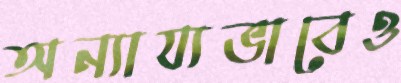
অন্যায্যভাবেও